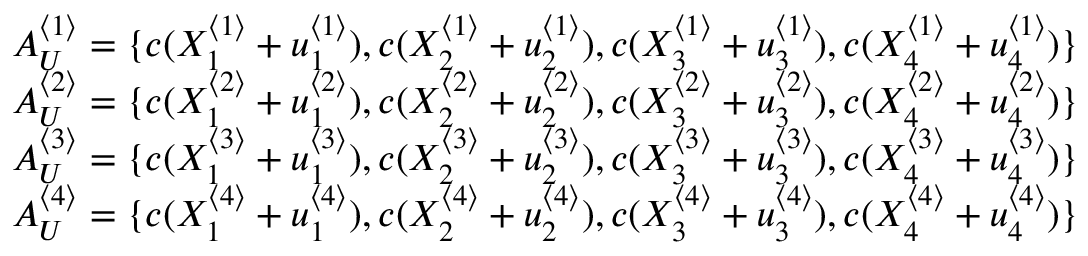
\begin{array} { r l } & { A _ { U } ^ { \langle 1 \rangle } = \{ c ( X _ { 1 } ^ { \langle 1 \rangle } + u _ { 1 } ^ { \langle 1 \rangle } ) , c ( X _ { 2 } ^ { \langle 1 \rangle } + u _ { 2 } ^ { \langle 1 \rangle } ) , c ( X _ { 3 } ^ { \langle 1 \rangle } + u _ { 3 } ^ { \langle 1 \rangle } ) , c ( X _ { 4 } ^ { \langle 1 \rangle } + u _ { 4 } ^ { \langle 1 \rangle } ) \} } \\ & { A _ { U } ^ { \langle 2 \rangle } = \{ c ( X _ { 1 } ^ { \langle 2 \rangle } + u _ { 1 } ^ { \langle 2 \rangle } ) , c ( X _ { 2 } ^ { \langle 2 \rangle } + u _ { 2 } ^ { \langle 2 \rangle } ) , c ( X _ { 3 } ^ { \langle 2 \rangle } + u _ { 3 } ^ { \langle 2 \rangle } ) , c ( X _ { 4 } ^ { \langle 2 \rangle } + u _ { 4 } ^ { \langle 2 \rangle } ) \} } \\ & { A _ { U } ^ { \langle 3 \rangle } = \{ c ( X _ { 1 } ^ { \langle 3 \rangle } + u _ { 1 } ^ { \langle 3 \rangle } ) , c ( X _ { 2 } ^ { \langle 3 \rangle } + u _ { 2 } ^ { \langle 3 \rangle } ) , c ( X _ { 3 } ^ { \langle 3 \rangle } + u _ { 3 } ^ { \langle 3 \rangle } ) , c ( X _ { 4 } ^ { \langle 3 \rangle } + u _ { 4 } ^ { \langle 3 \rangle } ) \} } \\ & { A _ { U } ^ { \langle 4 \rangle } = \{ c ( X _ { 1 } ^ { \langle 4 \rangle } + u _ { 1 } ^ { \langle 4 \rangle } ) , c ( X _ { 2 } ^ { \langle 4 \rangle } + u _ { 2 } ^ { \langle 4 \rangle } ) , c ( X _ { 3 } ^ { \langle 4 \rangle } + u _ { 3 } ^ { \langle 4 \rangle } ) , c ( X _ { 4 } ^ { \langle 4 \rangle } + u _ { 4 } ^ { \langle 4 \rangle } ) \} } \end{array}